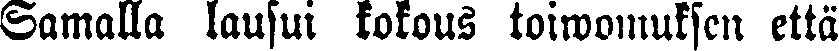
Samalla lausui kokous toiwomuksen että